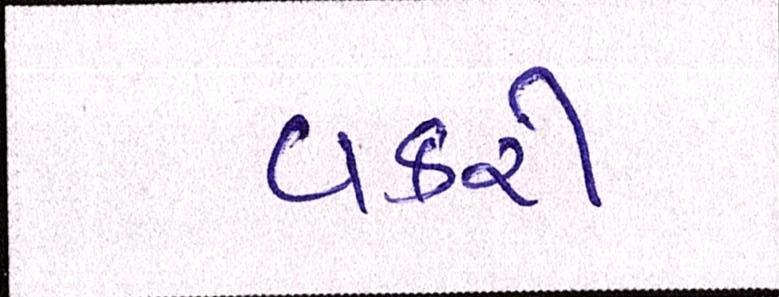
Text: વકરી